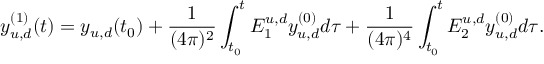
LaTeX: y _ { u , d } ^ { ( 1 ) } ( t ) = y _ { u , d } ( t _ { 0 } ) + \frac { 1 } { ( 4 \pi ) ^ { 2 } } \int _ { t _ { 0 } } ^ { t } E _ { 1 } ^ { u , d } y _ { u , d } ^ { ( 0 ) } d \tau + \frac { 1 } { ( 4 \pi ) ^ { 4 } } \int _ { t _ { 0 } } ^ { t } E _ { 2 } ^ { u , d } y _ { u , d } ^ { ( 0 ) } d \tau .